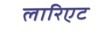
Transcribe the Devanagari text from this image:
लारिएट